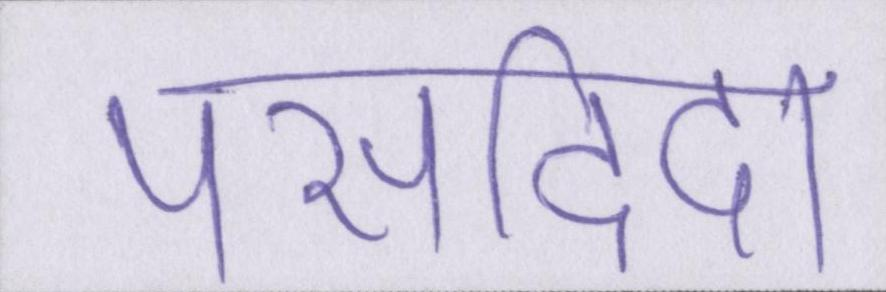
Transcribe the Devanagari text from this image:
पसदिदा